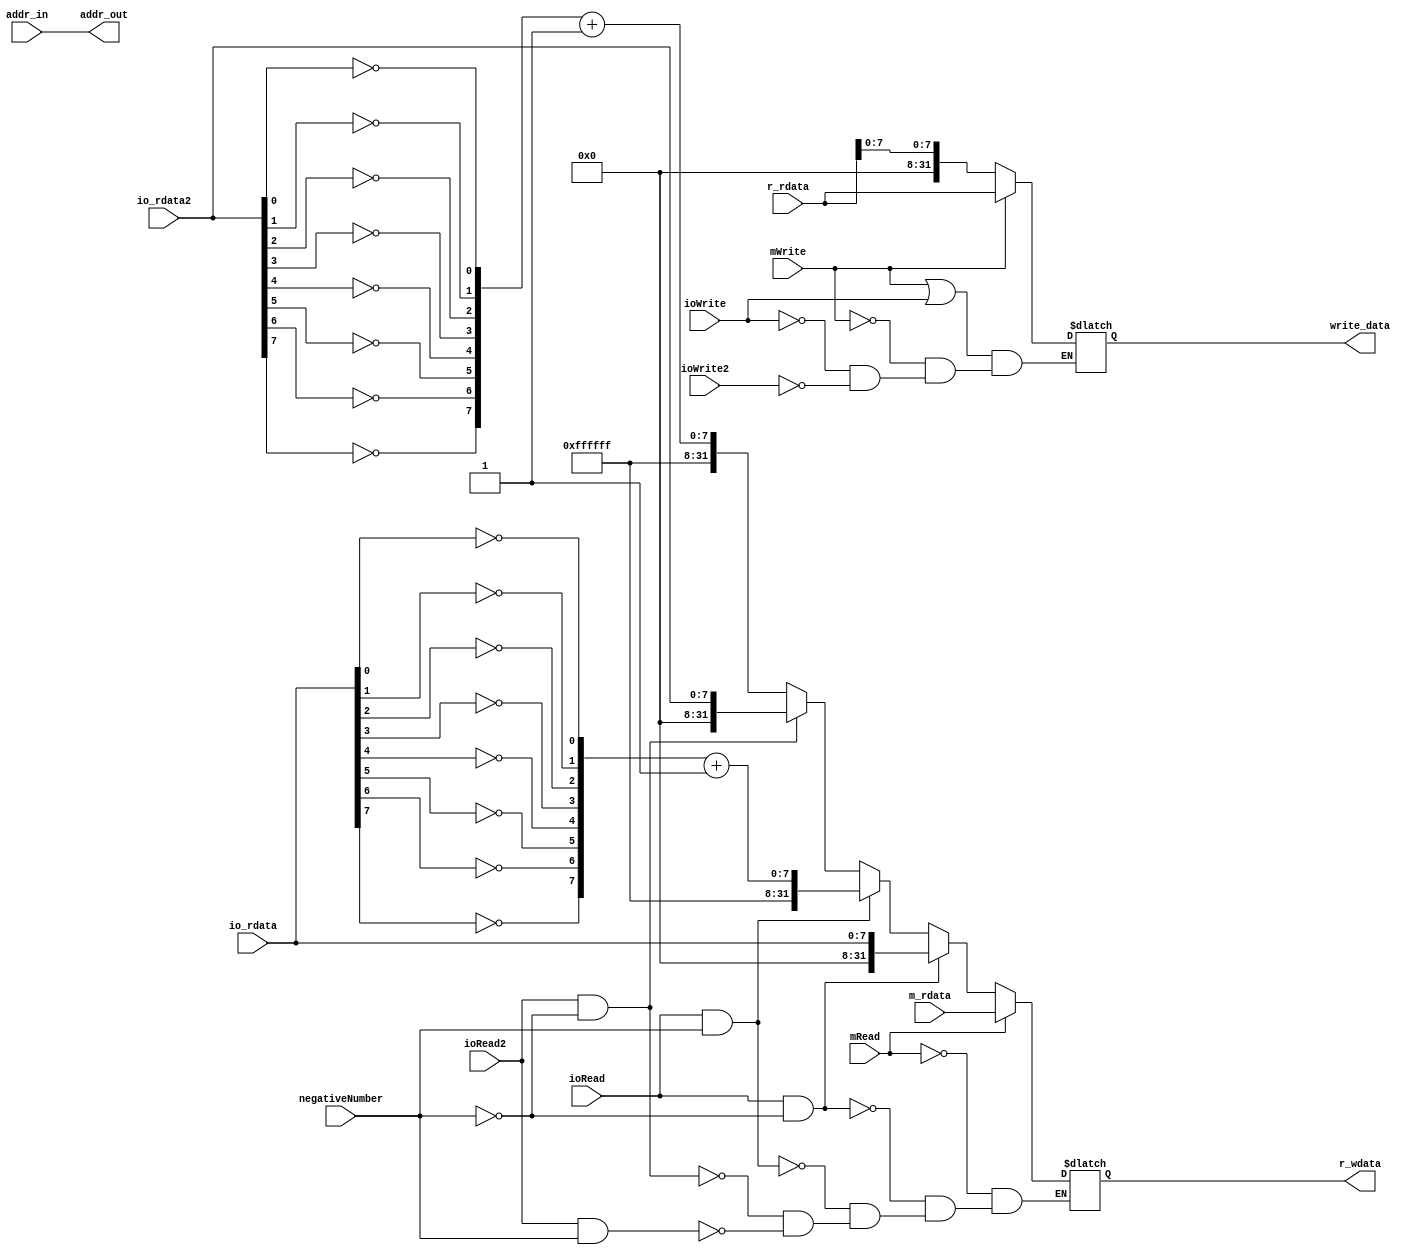
`timescale 1ns / 1ps
//////////////////////////////////////////////////////////////////////////////////
// Company: 
// Engineer: 
// 
// Design Name: 
// Module Name: MemOrIO
// Project Name: 
// Target Devices: 
// Tool Versions: 
// Description: 
// 
// Dependencies: 
// 
// Revision:
// Revision 0.01 - File Created
// Additional Comments:
// 
//////////////////////////////////////////////////////////////////////////////////


module MemOrIO( mRead, mWrite, ioRead, ioWrite,ioRead2,ioWrite2,addr_in, addr_out, m_rdata,
 io_rdata,io_rdata2, r_wdata, r_rdata,write_data,negativeNumber);
input mRead; // read memory, from Controller
input mWrite; // write memory, from Controller
input ioRead; // read IO, from Controller
input ioWrite; // write IO, from Controller
input ioRead2;
input ioWrite2;
input[31:0] addr_in; // from alu_result in ALU
output[31:0] addr_out; // address to Data-Memory
input[31:0] m_rdata; // data read from Data-Memory
input[7:0] io_rdata; // data read from IO,8 bits
input[7:0] io_rdata2;
output reg[31:0] r_wdata; // data to Decoder(register file)
input[31:0] r_rdata; // data read from Decoder(register file)
output reg[31:0] write_data; // data to memory or I/Om_wdata, io_wdata
input negativeNumber;




assign addr_out=addr_in;
reg[7:0] temp_io_rdata;//io_rdata
reg[7:0]temp_io_rdata2;
always@(io_rdata)begin
    temp_io_rdata[0]=!io_rdata[0];
     temp_io_rdata[1]=!io_rdata[1];
      temp_io_rdata[2]=!io_rdata[2];
       temp_io_rdata[3]=!io_rdata[3];
        temp_io_rdata[4]=!io_rdata[4];
         temp_io_rdata[5]=!io_rdata[5];
          temp_io_rdata[6]=!io_rdata[6];
           temp_io_rdata[7]=!io_rdata[7];
            temp_io_rdata=temp_io_rdata+1;
            
            
                temp_io_rdata2[0]=!io_rdata2[0];
             temp_io_rdata2[1]=!io_rdata2[1];
              temp_io_rdata2[2]=!io_rdata2[2];
               temp_io_rdata2[3]=!io_rdata2[3];
                temp_io_rdata2[4]=!io_rdata2[4];
                 temp_io_rdata2[5]=!io_rdata2[5];
                  temp_io_rdata2[6]=!io_rdata2[6];
                   temp_io_rdata2[7]=!io_rdata2[7];
                    temp_io_rdata2=temp_io_rdata2+1;
end


//LWioMem
always @(*) begin
        if(mRead == 1'b1) begin
            r_wdata <= m_rdata;
        end 
        else if(ioRead == 1'b1&&negativeNumber==0) begin
          r_wdata <= {{24{1'b0}}, io_rdata}; // 
        end 
        else if(ioRead ==1'b1 &&negativeNumber==1)begin
            r_wdata<={{24{1'b1}},temp_io_rdata};
        end
        else if(ioRead2==1'b1&&negativeNumber==0)begin
          r_wdata<= {{24{1'b0}}, io_rdata2}; 
        end
         else if(ioRead2==1'b1&&negativeNumber==1)begin
                 r_wdata<= {{24{1'b1}}, temp_io_rdata2}; 
               end
        
end

//SWioMem
always@(*) begin
        if((mWrite==1) | | (ioWrite==1))begin
              if(mWrite==1'b1)begin
                     write_data<=r_rdata;
              end
              else if(ioWrite==1)begin
                    write_data<={24'b0,r_rdata[7:0]};  //io
              end
              else if(ioWrite2==1)begin
                    write_data<={24'b0,r_rdata[7:0]};  
              end
        end
        else begin
          write_data<=32'hZZZZZZZZ;
        end
end    
         
                

endmodule